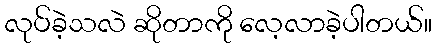
လုပ်ခဲ့သလဲ ဆိုတာကို လေ့လာခဲ့ပါတယ်။